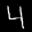
Label: 4